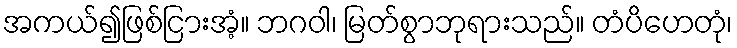
အကယ်၍ဖြစ်ငြားအံ့။ ဘဂဝါ၊ မြတ်စွာဘုရားသည်။ တံပိဟေတုံ၊